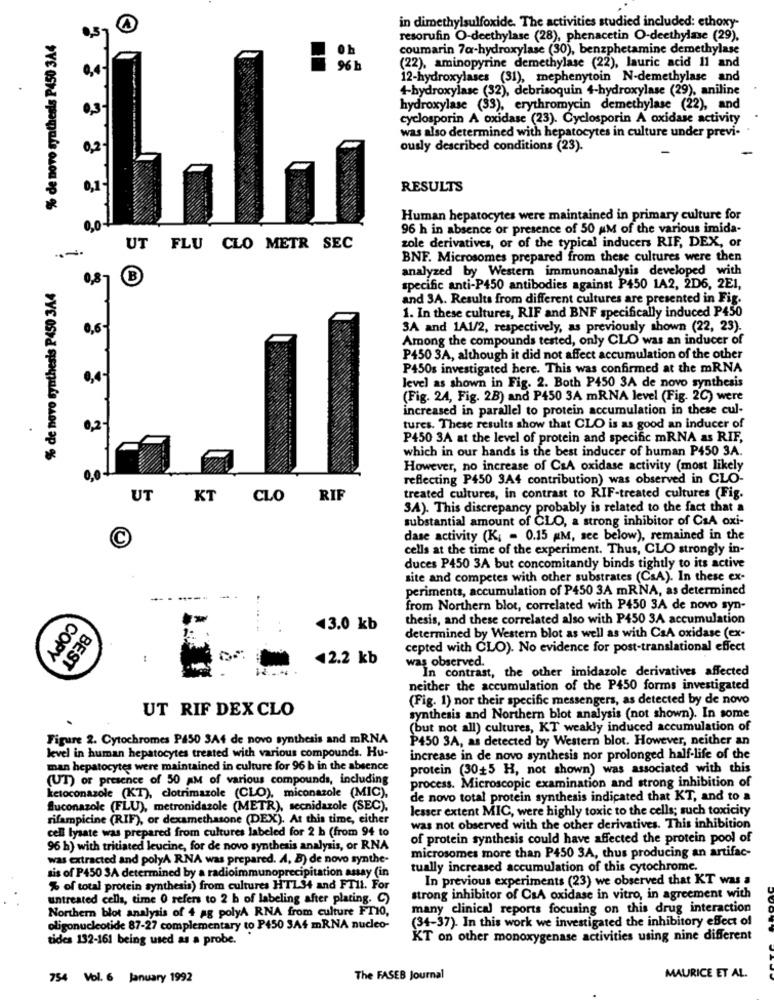
in dimethylsulfoxide. The activities studied included: ethoxy-
A
% de novo synthesis P450 3A4
resorufin O-deethylase (28), phenacetin O-deethylase (29).
coumarin 7@-hydroxylase (30), benzphetamine demethylase
(22), aminopyrine demethylase (22), lauric acid Il and
96 h
12-hydroxylases (31), mephenytoin N-demethylase and
4-hydroxylase (32), debrisoquin 4-hydroxylase (29), aniline
hydroxylase (33), erythromycin demethylase (22), and
cyclosporin A oxidase (23). Cyclosporin A oxidase activity
was also determined with hepatocytes in culture under previ-
0,2
ously described conditions (23).
RESULTS
Human hepatocytes were maintained in primary culture for
0,0
96 h in absence or presence of 50 AM of the various imida-
zole derivatives, or of the typical inducers RIF, DEX, or
UT FLU CLO METR SEC
BNF. Microsomes prepared from these cultures were then
analyzed by Western immunoanalysis developed with
% de novo synthesis P450 344
specific anti-P450 antibodies against P450 1A2, 2D6, 2E1,
and 3A. Results from different cultures are presented in Fig.
1. In these cultures, RIF and BNF specifically induced P450
0,6-
3A and 1A1/2, respectively, as previously shown (22, 23).
Among the compounds tested, only CLO was an inducer of
P450 3A, although it did not affect accumulation of the other
P450s investigated here. This was confirmed at the mRNA
0,4
level as shown in Fig. 2. Both P450 3A de novo synthesis
(Fig. 24, Fig. 2B) and P450 3A mRNA level (Fig. 2C) were
increased in parallel to protein accumulation in these cul-
0,2-
tures. These results show that CLO is as good an inducer of
P450 3A at the level of protein and specific mRNA as RIF,
which in our hands is the best inducer of human P450 3A.
However, no increase of CsA oxidase activity (most likely
0,0
reflecting P450 3A4 contribution) was observed in CLO-
UT
KT
CLO
RIF
treated cultures, in contrast to RIF-treated cultures (Fig.
3A). This discrepancy probably is related to the fact that a
substantial amount of CLO, a strong inhibitor of CsA oxi-
C
dase activity (K; - 0.15 MM, see below), remained in the
cells at the time of the experiment. Thus, CLO strongly in-
duces P450 3A but concomitantly binds tightly to its active
site and competes with other substrates (CsA). In these ex-
periments, accumulation of P450 3A mRNA, as determined
from Northern blot, correlated with P450 3A de novo syn-
thesis, and these correlated also with P450 3A accumulation
43.0 kb
determined by Western blot as well as with CaA oxidase (ex-
COPY
cepted with CLO). No evidence for post-translational effect
BEST
42.2 kb
was observed.
In contrast, the other imidazole derivatives affected
neither the accumulation of the P450 forms investigated
(Fig. 1) nor their specific messengers, as detected by de novo
UT RIF DEX CLO
synthesis and Northern blot analysis (not shown). In some
(but not all) cultures, KT weakly induced accumulation of
Figure 2. Cytochromes P450 3A4 de novo synthesis and mRNA
P450 3A, as detected by Western blot. However, neither an
level in human hepatocytes treated with various compounds. Hu-
increase in de novo synthesis nor prolonged half-life of the
man hepatocytes were maintained in culture for 96 b in the absence
protein (30+5 H, not shown) was associated with this
(UT) or presence of 50 AM of various compounds, including
process. Microscopic examination and strong inhibition of
ketoconazole (KT), clotrimazole (CLO), miconazole (MIC),
de novo total protein synthesis indicated that KT, and to a
fluconazole (FLU), metronidazole (METR), secnidazole (SEC).
lesser extent MIC, were highly toxic to the cells; such toxicity
rifampicine (RIF), or dexamethasone (DEX). At this time, either
cell lysate was prepared from cultures labeled for 2 b (from 94 to
was not observed with the other derivatives. This inhibition
of protein synthesis could have affected the protein pool of
96 h) with tritiated leucine, for de novo synthesis analysis, or RNA
microsomes more than P450 3A, thus producing an artifac-
was extracted and polyA RNA was prepared. A, B) de novo synthe-
sis of P450 3A determined by a radioimmunoprecipitation assay (in
tually increased accumulation of this cytochrome.
In previous experiments (23) we observed that KT was a
% of total protein synthesis) from cultures HTL34 and FTIL. For
untreated cells, time O refers to 2 b of labeling after plating. C)
strong inhibitor of CsA oxidase in vitro, in agreement with
Northern blot analysis of 4 ag polyA RNA from culture FT10,
many clinical reports focusing on this drug interaction
(34-37). In this work we investigated the inhibitory effect of
oligonucleotide 87-27 complementary to P450 SA4 mRNA nucleo-
tides 132-161 being used as a probe.
KT on other monoxygenase activities using nine different
754 Vol. 6 January 1992
The FASEB Journal
MAURICE ET AL.